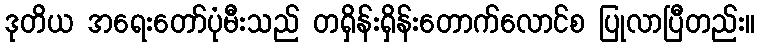
ဒုတိယ အရေးတော်ပုံမီးသည် တရှိန်းရှိန်းတောက်လောင်စ ပြုလာပြီတည်း။